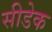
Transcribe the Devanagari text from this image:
सीडेक